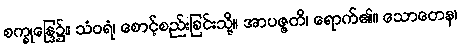
စက္ခုန္ဒြေ၌။ သံဝရံ၊ စောင့်စည်းခြင်းသို့။ အာပဇ္ဇတိ၊ ရောက်၏။ သောတေန၊